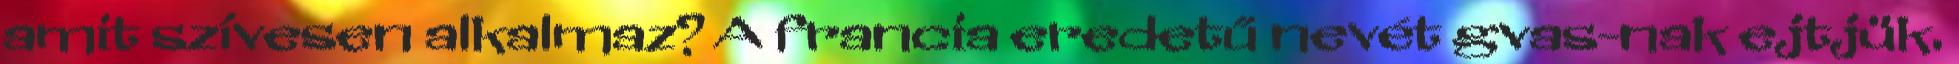
amit szívesen alkalmaz? A francia eredetű nevét gvas-nak ejtjük.